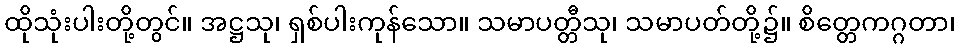
ထိုသုံးပါးတို့တွင်။ အဋ္ဌသု၊ ရှစ်ပါးကုန်သော။ သမာပတ္တီသု၊ သမာပတ်တို့၌။ စိတ္တေကဂ္ဂတာ၊